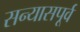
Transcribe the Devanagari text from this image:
सन्यासपूर्व